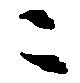
ニ